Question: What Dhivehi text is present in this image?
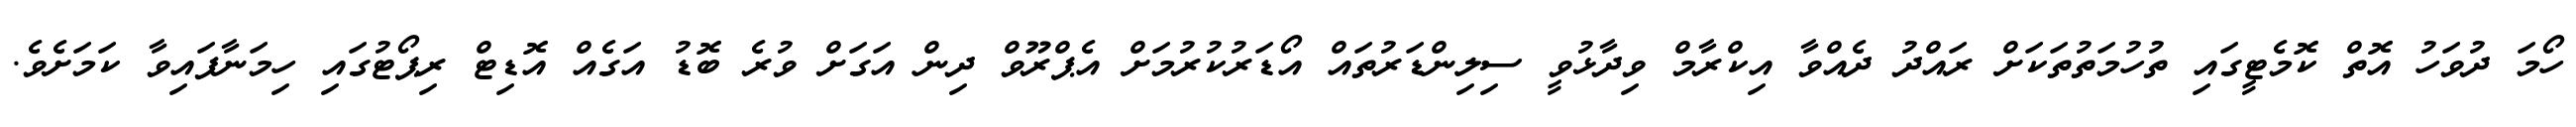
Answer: ހޯމަ ދުވަހު އޮތް ކޮމެޓީގައި ތުހުމަތުތަކަށް ރައްދު ދެއްވާ އިކްރާމް ވިދާޅުވީ ސިލިންޑަރުތައް އޯޑަރުކުރުމަށް އެޕްރޫވް ދިން އަގަށް ވުރެ ބޮޑު އަގެއް އޮޑިޓް ރިޕޯޓުގައި ހިމަނާފައިވާ ކަމަށެވެ.